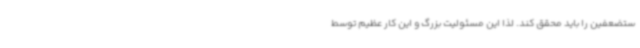
ستضعفین را باید محقق کند. لذا این مسئولیت بزرگ و این کار عظیم ‌توسط